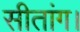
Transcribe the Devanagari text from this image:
सीतांग।